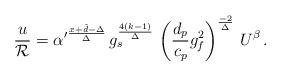
LaTeX: \begin{align*}{u \over {\cal R}} = {\alpha^\prime}^{x+\tilde d -\Delta \over \Delta} \,g_s^{4 (k-1) \over \Delta} \, \left( \frac{d_p}{c_p} g_f^2 \right)^{-2 \over \Delta} \, U^{\beta} \, .\end{align*}